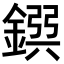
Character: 𨩸